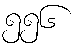
၅၅၆